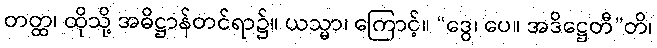
တတ္ထ၊ ထိုသို့ အဓိဋ္ဌာန်တင်ရာ၌။ ယသ္မာ၊ ကြောင့်။ “ဒွေ၊ ပေ။ အဒိဋ္ဌေတီ”တိ၊